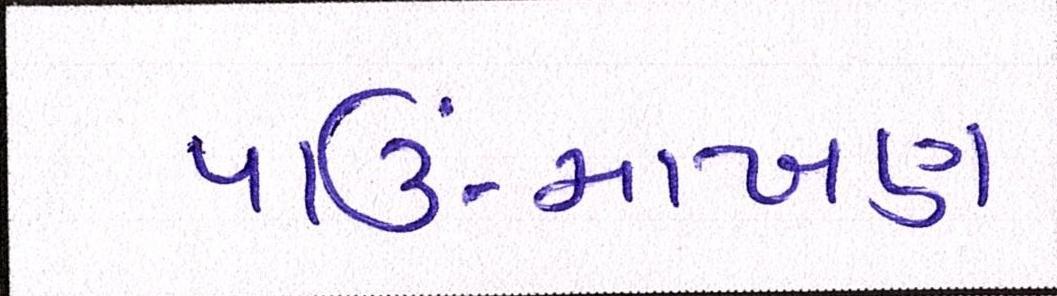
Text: પાઉં-માખણ